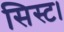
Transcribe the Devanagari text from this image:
सिस्ट।